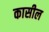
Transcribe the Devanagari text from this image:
कासील